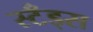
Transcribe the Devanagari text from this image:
स्टँड्स